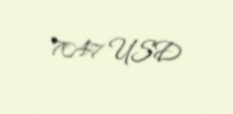
7047 USD